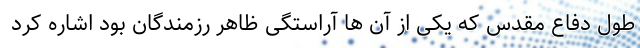
طول دفاع مقدس که یکی از آن ها آراستگی ظاهر رزمندگان بود اشاره کرد